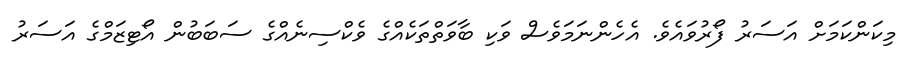
މިކަންކަމަށް އަސަރު ފޯރުވައެވެ. އެހެންނަމަވެސް ވަކި ބާވަތްތަކެއްގެ ވެކްސިނެއްގެ ސަބަބުން އޯޓިޒަމްގެ އަސަރު